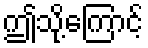
ဤသို့ကြောင့်